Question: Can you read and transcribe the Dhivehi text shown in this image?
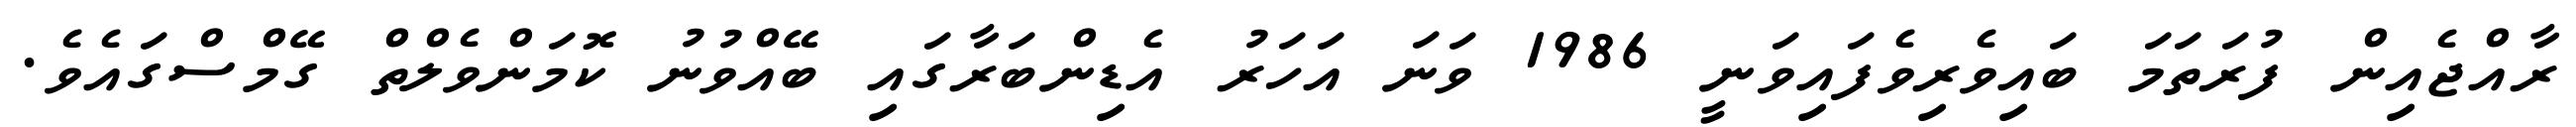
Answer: ރާއްޖެއިން ފުރަތަމަ ބައިވެރިވެފައިވަނީ 1986 ވަނަ އަހަރު އެޑިންބަރާގައި ބޭއްވުނު ކޮމަންވެލްތް ގޭމްސްގައެވެ.